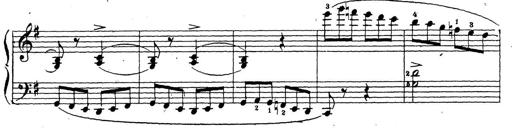
Title: 10 Sonatinas
Composer: Fritz Spindler